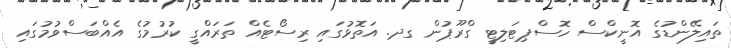
ތައިލޭންޑުގެ އޮނީކްސް ހޮސްޕިޓަލިޓީ ގްރޫޕުން ގދ. އަތޮޅުގައި ރިސޯޓެއް ތަރައްގީ ކުރުމުގެ އެއްބަަސްވުމުގައި